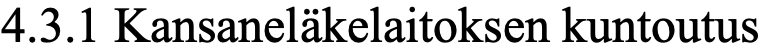
4.3.1 Kansaneläkelaitoksen kuntoutus